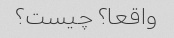
واقعا؟ چیست؟